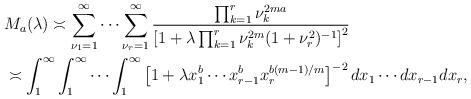
LaTeX: \begin{align*}& M_a(\lambda) \asymp \sum_{\nu_1=1}^\infty\cdots\sum_{\nu_r=1}^\infty \frac{\prod_{k=1}^r\nu_k^{2ma}}{\left[1+ \lambda\prod_{k=1}^r\nu_k^{2m}(1+\nu_r^2)^{-1}\right]^{2}}\\& \asymp \int_1^\infty\int_1^\infty\cdots\int_1^\infty\left[1+\lambda x_1^{b}\cdots x_{r-1}^{b}x_r^{b(m-1)/m}\right]^{-2}dx_1\cdots dx_{r-1}dx_r, \end{align*}